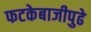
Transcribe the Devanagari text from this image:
फटकेबाजीपुढे